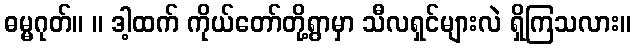
ဓမ္မဂုတ်။ ။ ဒါ့ထက် ကိုယ်တော်တို့ရွာမှာ သီလရှင်များလဲ ရှိကြသလား။